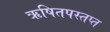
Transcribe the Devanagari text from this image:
ऋषितपस्तप्त